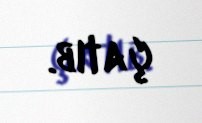
çatıb.